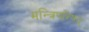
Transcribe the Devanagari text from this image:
मन्त्रिपरिषद्